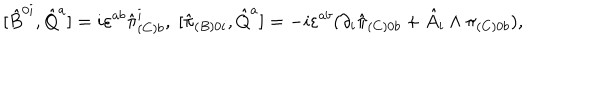
[ \hat { B } ^ { 0 i } , \hat { Q } ^ { a } ] = i \varepsilon ^ { a b } \hat { \pi } _ { ( C ) b } ^ { i } , \; [ \hat { \pi } _ { ( B ) 0 i } , \hat { Q } ^ { a } ] = - i \varepsilon ^ { a b } ( \partial _ { i } \hat { \pi } _ { ( C ) 0 b } + \hat { A } _ { i } \wedge \pi _ { ( C ) 0 b } ) ,